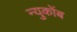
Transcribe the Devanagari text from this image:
न्युकोंब